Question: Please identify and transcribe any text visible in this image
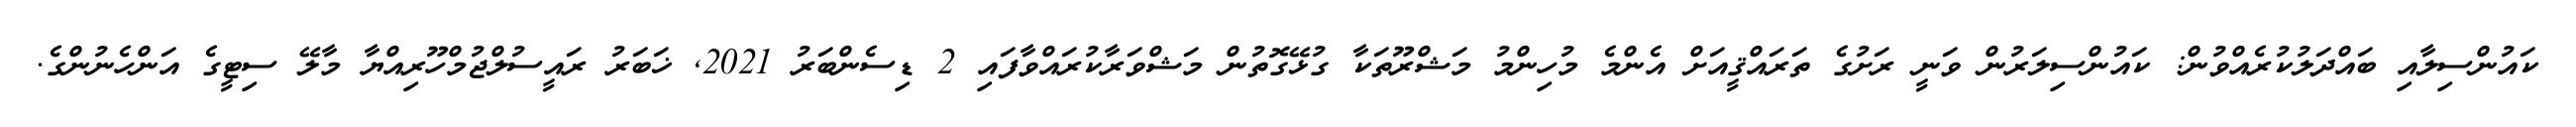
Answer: ކައުންސިލާއި ބައްދަލުކުރެއްވުން: ކައުންސިލަރުން ވަނީ ރަށުގެ ތަރައްޤީއަށް އެންމެ މުހިންމު މަޝްރޫތަކާ ގުޅޭގޮތުން މަޝްވަރާކުރައްވާފައި 2 ޑިސެންބަރު 2021, ޚަބަރު ރައީސުލްޖުމްހޫރިއްޔާ މާލޭ ސިޓީގެ އަންހެނުންގެ.